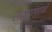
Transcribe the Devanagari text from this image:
लोकपरंपराओं